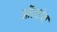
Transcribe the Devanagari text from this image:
ऑल्सेन